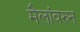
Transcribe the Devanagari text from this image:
मैलांवरुन